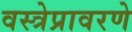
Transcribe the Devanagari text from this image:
वस्त्रेप्रावरणे